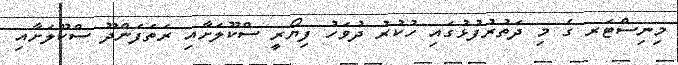
މިނިސްޓަރ ގެ މި ދަތުރުފުޅުގައި ހުކުރު ދުވަހު ފިޔޯރީ ސްކޫލަށާއި ރަތަފަންދޫ ސްކޫލަށާއި